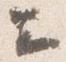
云